Civil Veterinary Department. Madras. Admin. report 1926-33 - 1926-1933
Year: 1926
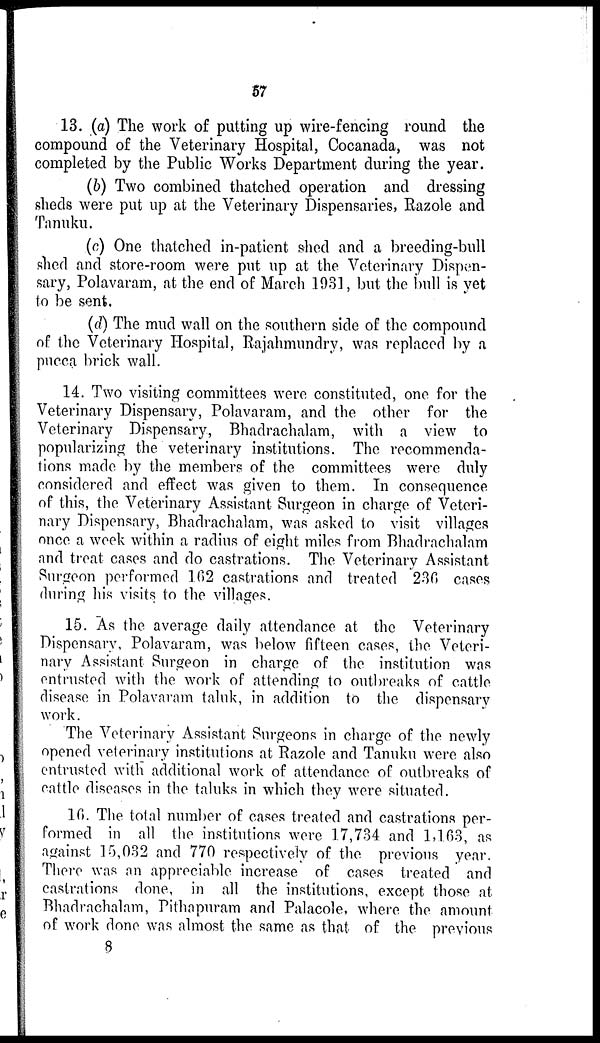
57
13. (a) The work of putting up wire-fencing round the
compound of the Veterinary Hospital, Cocanada, was not
completed by the Public Works Department during the year.
(b) Two combined thatched operation and dressing
sheds were put up at the Veterinary Dispensaries, Razole and
Tanuku.
(c) One thatched in-patient shed and a breeding-bull
shed and store-room were put up at the Veterinary Dispen-
sary, Polavaram, at the end of March 1931, but the bull is yet
to be sent.
(d) The mud wall on the southern side of the compound
of the Veterinary Hospital, Rajahmundry, was replaced by a
pucca brick wall.
14. Two visiting committees were constituted, one for the
Veterinary Dispensary, Polavaram, and the other for the
Veterinary Dispensary, Bhadrachalam, with a view to
popularizing the veterinary institutions. The recommenda-
tions made by the members of the committees were duly
considered and effect was given to them. In consequence
of this, the Veterinary Assistant Surgeon in charge of Veteri-
nary Dispensary, Bhadrachalam, was asked to visit villages
once a week within a radius of eight miles from Bhadrachalam
and treat cases and do castrations. The Veterinary Assistant
Surgeon performed 162 castrations and treated 236 cases
during his visits to the villages.
15. As the average daily attendance at the Veterinary
Dispensary, Polavaram, was below fifteen cases, the Veteri-
nary Assistant Surgeon in charge of the institution was
entrusted with the work of attending to outbreaks of cattle
disease in Polavaram taluk, in addition to the dispensary
work.
The Veterinary Assistant Surgeons in charge of the newly
opened veterinary institutions at Razole and Tanuku were also
entrusted with additional work of attendance of outbreaks of
cattle diseases in the taluks in which they were situated.
16. The total number of cases treated and castrations per-
formed in all the institutions were 17,734 and 1,163, as
against 15,032 and 770 respectively of the previous year.
There was an appreciable increase of cases treated and
castrations done, in all the institutions, except those at
Bhadrachalam, Pithapuram and Palacole, where the amount
of work done was almost the same as that of the previous
8